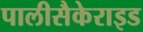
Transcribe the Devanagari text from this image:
पालीसैकेराइड